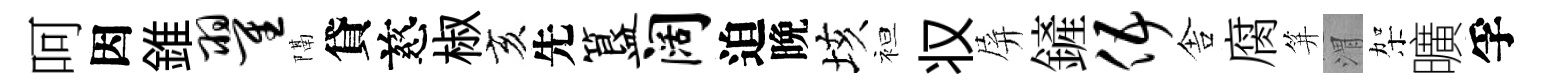
呵因錐翟隔貸慈椒亥先簋阔迫晩垓袒𠬧屏鏟伍舎腐笄渭架曠孚